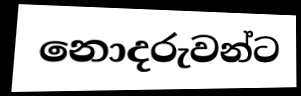
නොදරුවන්ට